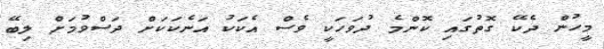
މީހުން ދެކޭ ގޮތުގައި ކޮންމެ ދުވަހަކީ ވެސް އެކަކު އަނެކަކަށް ދަސްވުމަށް ލިބޭ